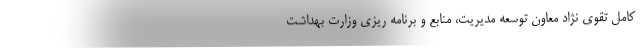
کامل تقوی نژاد معاون توسعه مدیریت، منابع و برنامه ریزی وزارت بهداشت